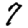
Digit: 7